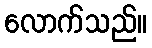
လောက်သည်။